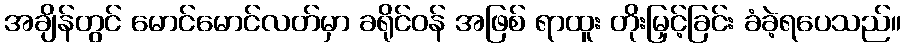
အချိန်တွင် မောင်မောင်လတ်မှာ ခရိုင်ဝန် အဖြစ် ရာထူး တိုးမြှင့်ခြင်း ခံခဲ့ရပေသည်။